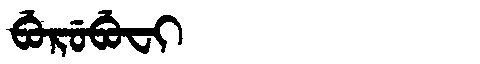
Manchu: ᠪᡠᡵᡠᠪᡠᠸᡳ
Romanization: BURUBUFI